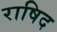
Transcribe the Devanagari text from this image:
राषिद